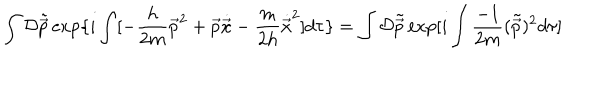
\int { \cal D } \tilde { \vec { p } } \exp \{ i \int [ - \frac { h } { 2 m } { \vec { p } } ^ { 2 } + \vec { p } \dot { \vec { x } } - \frac { m } { 2 h } { \dot { \vec { x } } } ^ { 2 } ] d \tau \} = \int { \cal D } \tilde { \vec { p } } \exp [ i \int \frac { - 1 } { 2 m } ( \tilde { \vec { p } } ) ^ { 2 } d \tau ]